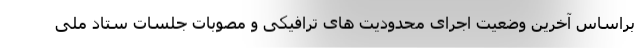
براساس آخرین وضعیت اجرای محدودیت های ترافیکی و مصوبات جلسات ستاد ملی